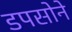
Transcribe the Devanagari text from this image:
डपसोने